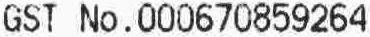
GST NO.000670859264